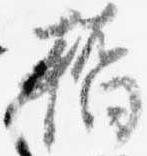
橋